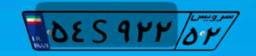
۷۳S۸۸۷۸۲